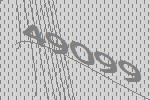
49099